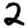
Digit: 2